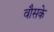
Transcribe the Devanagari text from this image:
वौसके